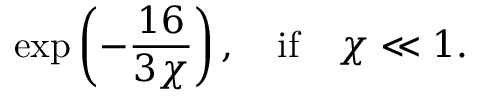
\exp \left( - \frac { 1 6 } { 3 \chi } \right) , \quad \mathrm { i f } \quad \chi \ll 1 .